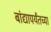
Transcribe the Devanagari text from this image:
बांद्यापर्यंतच्या